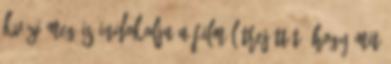
kvázi meg is indokolja a film létrejöttét: hogy mit